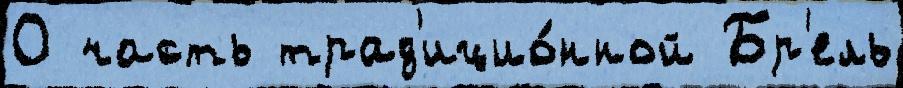
О часть трад'ицио́нной Бр'ель